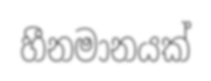
හීනමානයක්